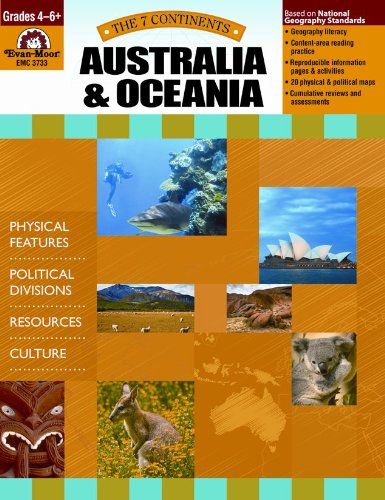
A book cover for Australia and Oceania (7 Continents); Evan Moor; Children's Books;